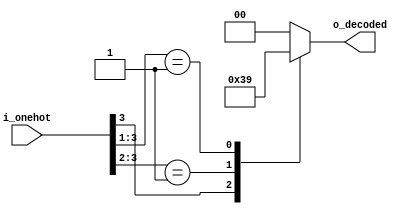
`timescale 1ns/1ps

module onehot_decoder4(
    input   wire    [3:0]	i_onehot,

    output  reg     [1:0]	o_decoded
);

    always @(*) begin
        casez(i_onehot) 
        4'b1???	:	 o_decoded = 3;
        4'b01??	:	 o_decoded = 2;
        4'b001?	:	 o_decoded = 1;
        4'b0001	:	 o_decoded = 0;
        
        default : o_decoded = {2{1'b0}};
        endcase
    end

endmodule